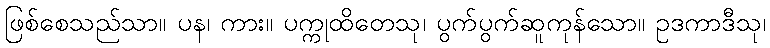
ဖြစ်စေသည်သာ။ ပန၊ ကား။ ပက္ကုထိတေသု၊ ပွက်ပွက်ဆူကုန်သော။ ဥဒကာဒီသု၊